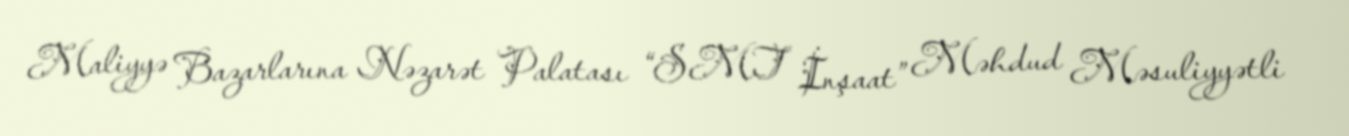
Maliyyə Bazarlarına Nəzarət Palatası “SMT İnşaat” Məhdud Məsuliyyətli